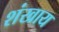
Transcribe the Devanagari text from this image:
शंखाय